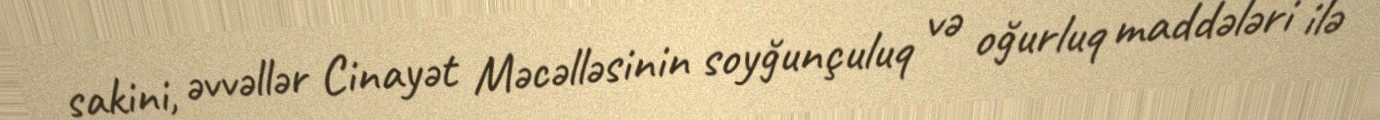
sakini, əvvəllər Cinayət Məcəlləsinin soyğunçuluq və oğurluq maddələri ilə